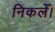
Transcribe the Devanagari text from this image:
निकलेँ।